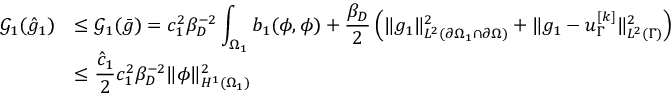
\begin{array} { r l } { \mathcal { G } _ { 1 } ( \hat { g } _ { 1 } ) } & { \leq \displaystyle \mathcal { G } _ { 1 } ( \bar { g } ) = c _ { 1 } ^ { 2 } \beta _ { D } ^ { - 2 } \int _ { \Omega _ { 1 } } b _ { 1 } ( \phi , \phi ) + \frac { \beta _ { D } } { 2 } \left( \lVert g _ { 1 } \rVert _ { L ^ { 2 } ( \partial \Omega _ { 1 } \cap \partial \Omega ) } ^ { 2 } + \lVert g _ { 1 } - u _ { \Gamma } ^ { [ k ] } \rVert _ { L ^ { 2 } ( \Gamma ) } ^ { 2 } \right) } \\ & { \leq \displaystyle \frac { \hat { c } _ { 1 } } { 2 } c _ { 1 } ^ { 2 } \beta _ { D } ^ { - 2 } \lVert \phi \rVert _ { H ^ { 1 } ( \Omega _ { 1 } ) } ^ { 2 } } \end{array}